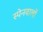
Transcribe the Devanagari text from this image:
स्पेनवालों